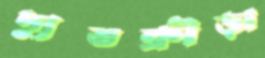
দ্যুতক্রীড়া